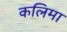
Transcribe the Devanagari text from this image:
कलिमा